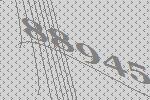
88945